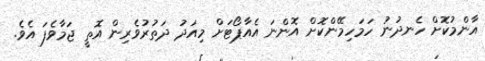
އާންމުކޮށް ހެނދުނު ހަމަހިމޭންކޮށް އޮންނަ އެއާޕޯޓަށް މިއަދު ދަތުރުވެރިން އޮތީ ޖަމާވެފަ އެވެ.